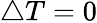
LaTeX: \triangle T=0